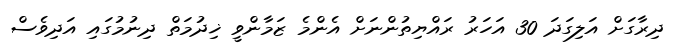
ދިރާގަށް އަލިގަދަ 30 އަހަރު ރައްޔިތުންނަށް އެންމެ ޒަމާންވީ ޚިދުމަތް ދިނުމުގައި އަދިވެސް